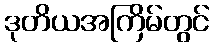
ဒုတိယအကြိမ်တွင်